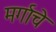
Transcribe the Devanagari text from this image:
मर्गाचे